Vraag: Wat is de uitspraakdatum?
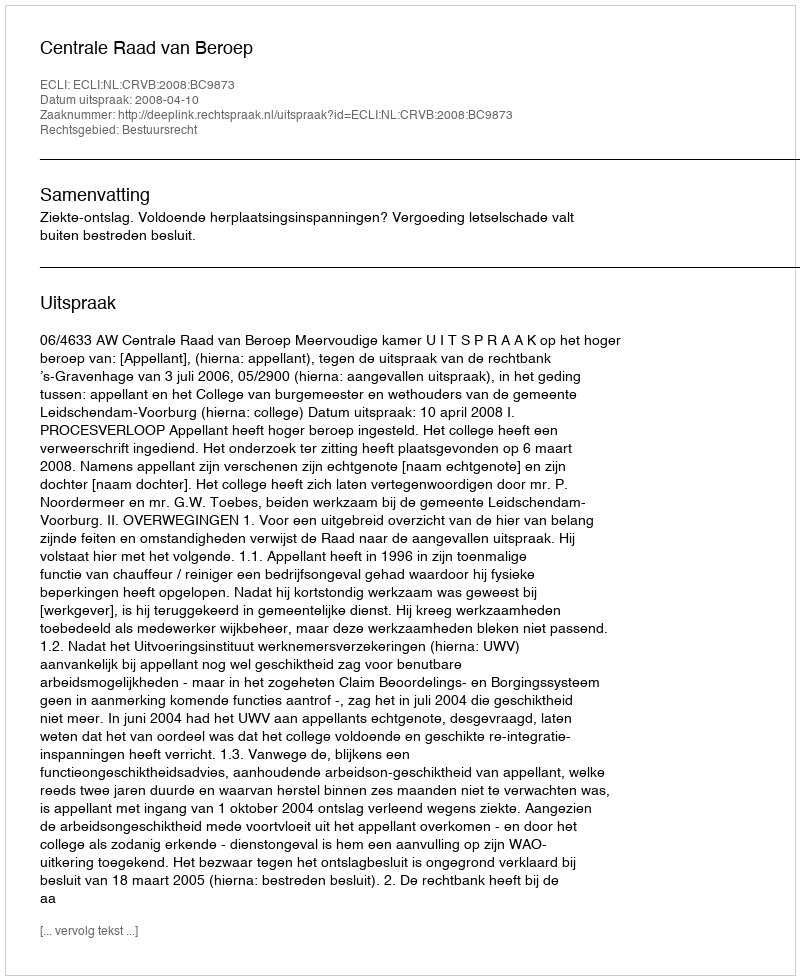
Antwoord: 2008-04-10